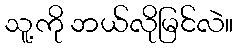
သူ့ကို ဘယ်လိုမြင်လဲ။